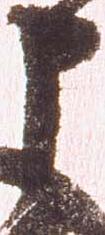
申